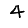
Digit: 4